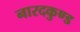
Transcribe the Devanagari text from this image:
नारदकुण्ड